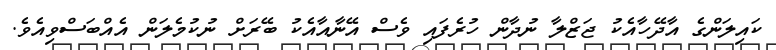
ކައިލަންގެ އާދޭހާއެކު ޖަޒްލާ ނުދާން ހުރެފައި ވެސް އޭނާއާއެކު ބޭރަށް ނުކުމެލަން އެއްބަސްވިއެވެ.